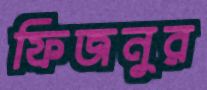
ফিজনুর